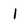
Character: 1